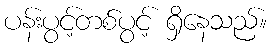
ပန်းပွင့်တစ်ပွင့် ရှိနေသည်။